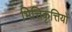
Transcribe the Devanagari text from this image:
भित्तिकृत्तियों